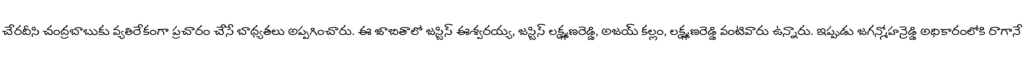
చేరదీసి చంద్రబాబుకు వ్యతిరేకంగా ప్రచారం చేసే బాధ్యతలు అప్పగించారు. ఈ జాబితాలో జస్టిస్ ఈశ్వరయ్య, జస్టిస్ లక్ష్మణరెడ్డి, అజయ్ కల్లం, లక్ష్మణరెడ్డి వంటివారు ఉన్నారు. ఇప్పుడు జగన్మోహన్రెడ్డి అధికారంలోకి రాగానే